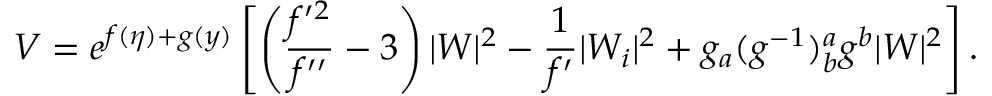
V = e ^ { f ( \eta ) + g ( y ) } \left[ \left( \frac { f ^ { \prime 2 } } { f ^ { \prime \prime } } - 3 \right) | W | ^ { 2 } - \frac { 1 } { f ^ { \prime } } | W _ { i } | ^ { 2 } + g _ { a } ( g ^ { - 1 } ) _ { b } ^ { a } g ^ { b } | W | ^ { 2 } \right] .